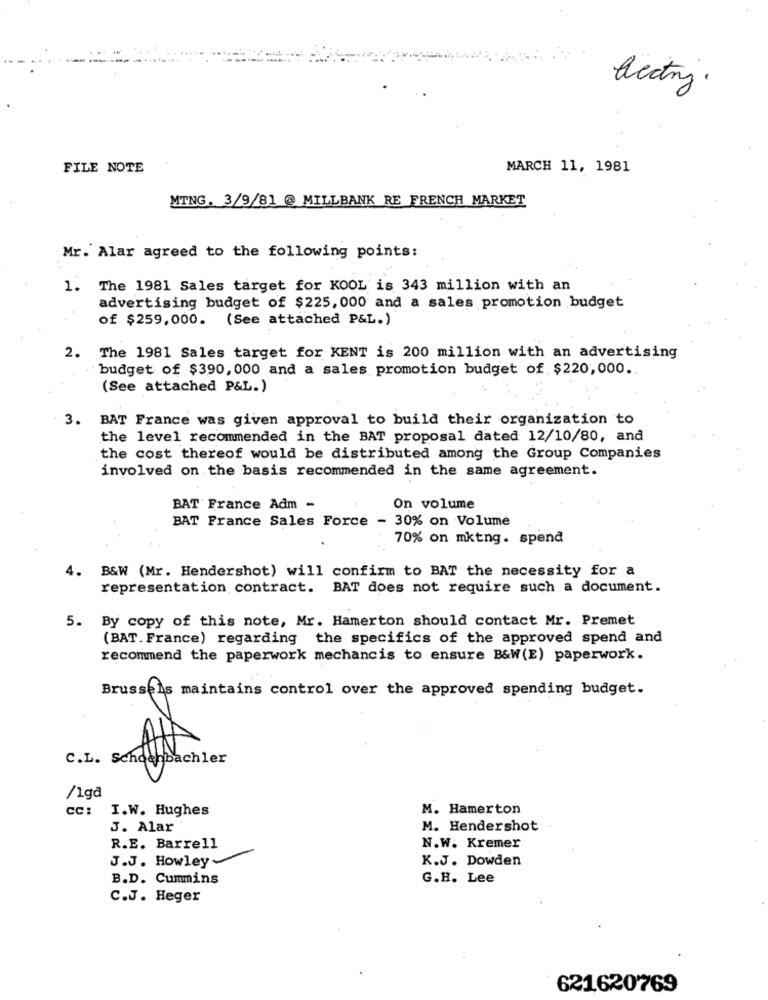
alectry.
FILE NOTE
MARCH 11, 1981
MTNG. 3/9/81 @ MILLBANK RE FRENCH MARKET
Mr. Alar agreed to the following points:
1.
The 1981 Sales target for KOOL is 343 million with an
advertising budget of $225, 000 and a sales promotion budget
of $259,000. (See attached P&L.)
2. The 1981 Sales target for KENT is 200 million with an advertising
budget of $390, 000 and a sales promotion budget of $220,000.
(See attached P&L.)
3.
BAT France was given approval to build their organization to
the level recommended in the BAT proposal dated 12/10/80, and
the cost thereof would be distributed among the Group Companies
involved on the basis recommended in the same agreement.
BAT France Adm -
On volume
BAT France Sales Force - 30% on Volume
70% on mktng. spend
4.
B&W (Mr. Hendershot) will confirm to BAT the necessity for a
representation contract. BAT does not require such a document.
5. By copy of this note, Mr. Hamerton should contact Mr. Premet
(BAT. France) regarding the specifics of the approved spend and
recommend the paperwork mechancis to ensure B&W(E) paperwork.
Brussels maintains control over the approved spending budget.
C.L. Schoenbachler
/1gd
CC:
I.W. Hughes
M. Hamerton
J. Alar
M. Hendershot
R.E. Barrell
N.W. Kremer
J.J. Howley-
K.J. Dowden
B.D. Cummins
G.H. Lee
C.J. Heger
621,620769